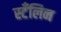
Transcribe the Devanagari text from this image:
स्टँलिन